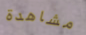
مشاهدة